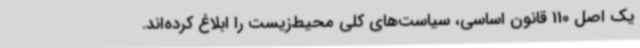
یک اصل 110 قانون اساسی، سیاست‌های کلی محیط‌زیست را ابلاغ کرده‌اند.